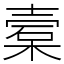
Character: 槖